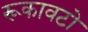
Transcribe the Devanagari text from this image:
रूकावटो